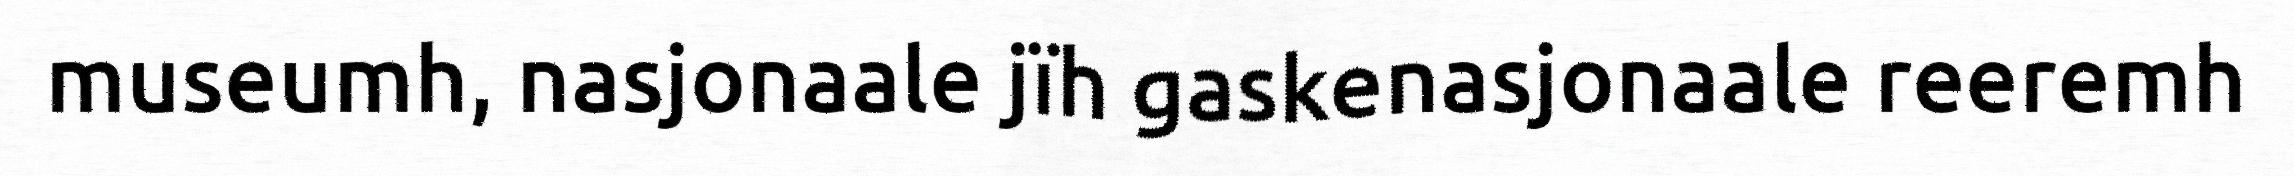
museumh, nasjonaale jïh gaskenasjonaale reeremh